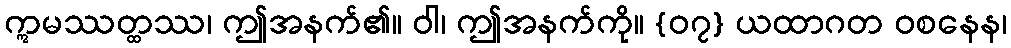
ဣမဿတ္ထဿ၊ ဤအနက်၏။ ဝါ၊ ဤအနက်ကို။ {၀၇} ယထာဂတ ဝစနေန၊